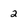
Character: 2